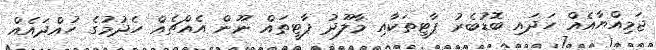
ޖަމިއްޔާއެއް ހަދައި ބޮޑުބެރު ޕާޓީތަކާއި މާލޫދު ޕާޓީތައް ނޫން އެއްޗެއް ހެދުމުގެ ހުއްދައެއް